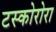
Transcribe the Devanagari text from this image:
टस्कोरोरा